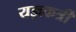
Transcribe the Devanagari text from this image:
यज्ञकर्त्री